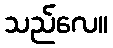
သည်လေ။